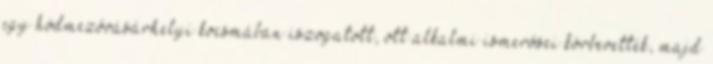
egy hódmezővásárhelyi kocsmában iszogatott, ott alkalmi ismerősei körbevették, majd